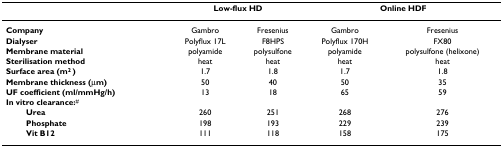
|  | <COLSPAN=2> Low-flux HD | <COLSPAN=2> Online HDF |
 | --- | --- | --- | --- | --- |
 | Company | Gambro | Fresenius | Gambro | Fresenius |
 | Dialyser | Polyflux 17L | F8HPS | Polyflux 170H | FX80 |
 | Membrane material | polyamide | polysulfone | polyamide | polysulfone (helixone) |
 | Sterilisation method | heat | heat | heat | heat |
 | Surface area (m2 ) | 1.7 | 1.8 | 1.7 | 1.8 |
 | Membrane thickness (μm) | 50 | 40 | 50 | 35 |
 | UF coefficient (ml/mmHg/h) | 13 | 18 | 65 | 59 |
 | In vitro clearance:# |  |  |  |  |
 | Urea | 260 | 251 | 268 | 276 |
 | Phosphate | 198 | 193 | 229 | 239 |
 | Vit B12 | 111 | 118 | 158 | 175 |